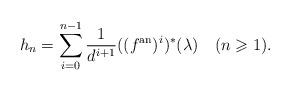
LaTeX: \begin{align*}h_n = \sum_{i=0}^{n-1} \frac{1}{d^{i+1}}((f^{\mathrm{an}})^i)^*(\lambda)\quad(n \geqslant 1).\end{align*}